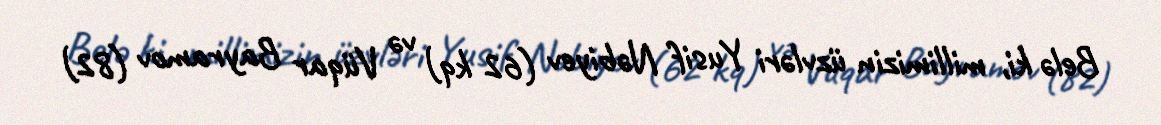
Belə ki, millimizin üzvləri Yusif Nəbiyev (62 kq) və Vüqar Bayramov (82)